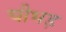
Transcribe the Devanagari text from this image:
चीभड़